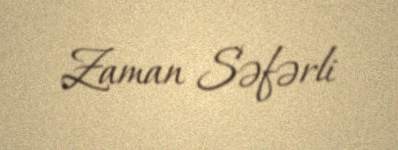
Zaman Səfərli